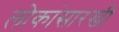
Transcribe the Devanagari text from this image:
लोकांसारखी